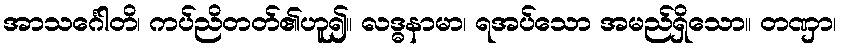
အာသင်္ဂေါတိ၊ ကပ်ညိတတ်၏ဟူ၍။ လဒ္ဓနာမာ၊ ရအပ်သော အမည်ရှိသော။ တဏှာ၊